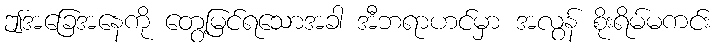
ဤအခြေအနေကို တွေ့မြင်ရသောအခါ အီဘရာဟင်မှာ အလွန် စိုးရိမ်မကင်း